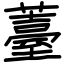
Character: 薹